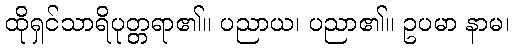
ထိုရှင်သာရိပုတ္တရာ၏။ ပညာယ၊ ပညာ၏။ ဥပမာ နာမ၊